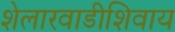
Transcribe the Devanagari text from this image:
शेलारवाडीशिवाय